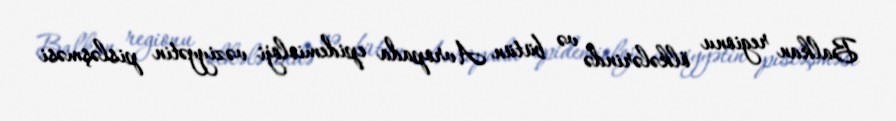
Balkan regionu ölkələrində və bütün Avropada epidemioloji vəziyyətin pisləşməsi